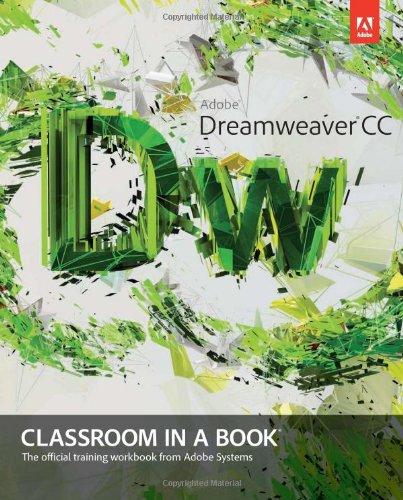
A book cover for Adobe Dreamweaver CC Classroom in a Book; Adobe Creative Team; Computers & Technology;